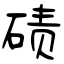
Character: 碛